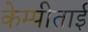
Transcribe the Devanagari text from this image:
केम्पीताई